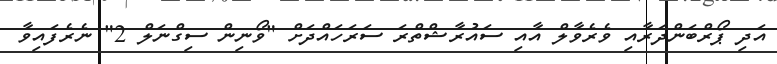
އަދި ޕޯރްބަންދަރާއި ވެރެވާލް އާއި ސައުރާޝްތްރަ ސަރަހައްދަށް "ވޯނިން ސިގްނަލް 2" ނެރެފައިވާ